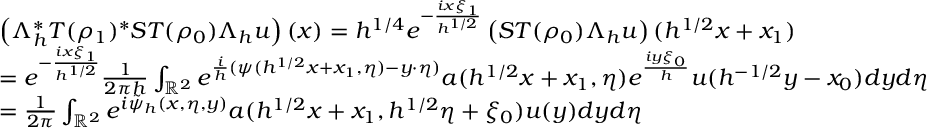
\begin{array} { r l } & { \left( \Lambda _ { h } ^ { * } T ( \rho _ { 1 } ) ^ { * } S T ( \rho _ { 0 } ) \Lambda _ { h } u \right) ( x ) = h ^ { 1 / 4 } e ^ { - \frac { i x \xi _ { 1 } } { h ^ { 1 / 2 } } } \left( S T ( \rho _ { 0 } ) \Lambda _ { h } u \right) ( h ^ { 1 / 2 } x + x _ { 1 } ) } \\ & { = e ^ { - \frac { i x \xi _ { 1 } } { h ^ { 1 / 2 } } } \frac { 1 } { 2 \pi h } \int _ { \mathbb { R } ^ { 2 } } e ^ { \frac { i } { h } ( \psi ( h ^ { 1 / 2 } x + x _ { 1 } , \eta ) - y \cdot \eta ) } a ( h ^ { 1 / 2 } x + x _ { 1 } , \eta ) e ^ { \frac { i y \xi _ { 0 } } { h } } u ( h ^ { - 1 / 2 } y - x _ { 0 } ) d y d \eta } \\ & { = \frac { 1 } { 2 \pi } \int _ { \mathbb { R } ^ { 2 } } e ^ { i \tilde { \psi } _ { h } ( x , \eta , y ) } a ( h ^ { 1 / 2 } x + x _ { 1 } , h ^ { 1 / 2 } \eta + \xi _ { 0 } ) u ( y ) d y d \eta } \end{array}